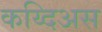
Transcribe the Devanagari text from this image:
कय्दिअस